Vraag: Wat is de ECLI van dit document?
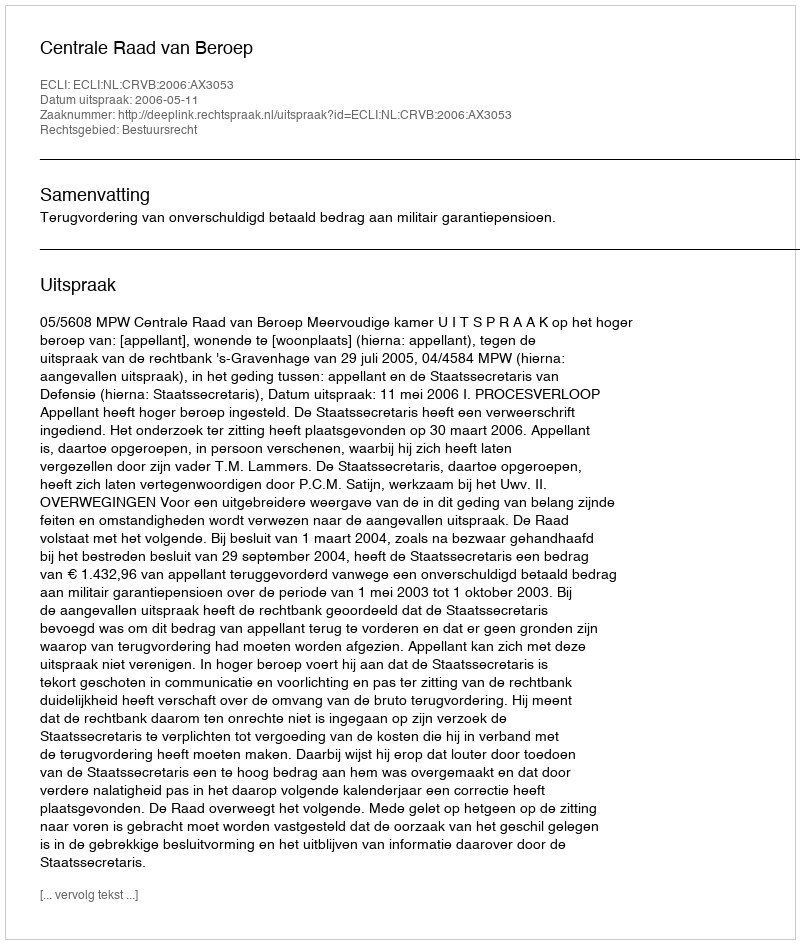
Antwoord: ECLI:NL:CRVB:2006:AX3053